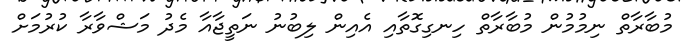
މުބާރާތް ނިމުމުން މުބާރާތް ހިނގިގޮތާއި އެއިން ލިބުނު ނަތީޖާއާ މެދު މަޝްވާރާ ކުރުމަށް